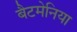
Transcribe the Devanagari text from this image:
बैटमेनिया